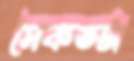
সৈকতটা